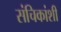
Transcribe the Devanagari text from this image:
संचिकांशी